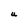
Character: U